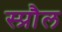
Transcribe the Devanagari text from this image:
स्प्रौल